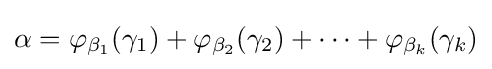
\alpha =\varphi _{\beta _{1}}(\gamma _{1})+\varphi _{\beta _{2}}(\gamma _{2})+\cdots +\varphi _{\beta _{k}}(\gamma _{k})